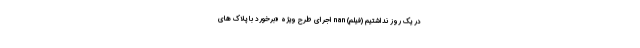
در یک روز نداشتیم (فیلم) nan اجرای طرح ویژه «برخورد با پلاک ‌های